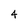
Character: 4